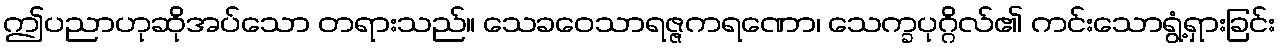
ဤပညာဟုဆိုအပ်သော တရားသည်။ သေခဝေသာရဇ္ဇကရဏော၊ သေက္ခပုဂ္ဂိလ်၏ ကင်းသောရွံ့ရှားခြင်း